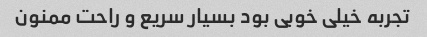
تجربه خیلی خوبی بود بسیار سریع و راحت ممنون